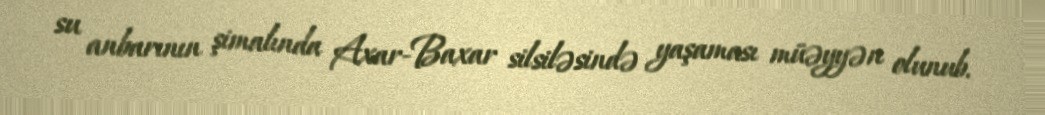
su anbarının şimalında Axar-Baxar silsiləsində yaşaması müəyyən olunub.